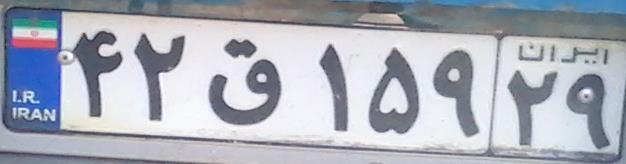
۴۲ق۱۵۹۲۹